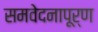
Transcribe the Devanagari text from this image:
समवेदनापूर्ण